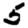
Digit: 5